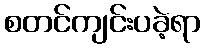
စတင်ကျင်းပခဲ့ရာ